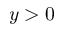
y > 0